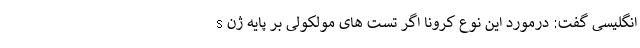
انگلیسی گفت: درمورد این نوع کرونا اگر تست های مولکولی بر پایه ژن s